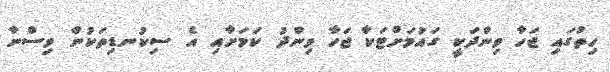
ހިތުގައި ޖަހާ ވިންދަކީ ގައުމަށްޓަކާ ޖަހާ ވިންދު ކަމަށާއި އެ ސިކުނޑިތަކުން ވިސްނާ